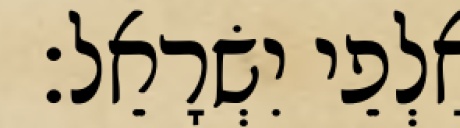
אַלְפֵי יִשְׂרָאֵל׃